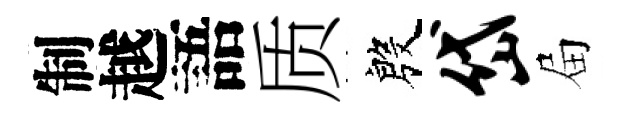
制越語质殷岱屇